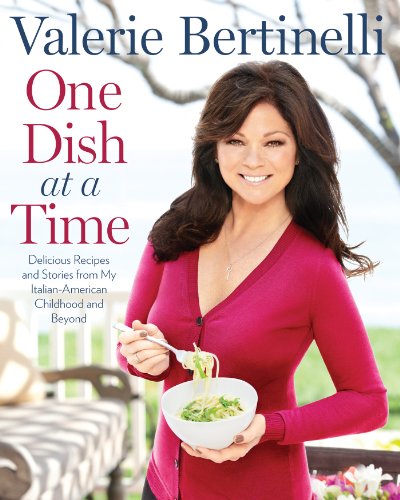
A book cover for One Dish at a Time: Delicious Recipes and Stories from My Italian-American Childhood and Beyond; Valerie Bertinelli; Cookbooks, Food & Wine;